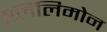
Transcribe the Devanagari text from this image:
प्लिंलिमोन